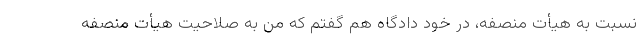
نسبت به هیأت منصفه، در خود دادگاه هم گفتم که من به صلاحیت هیأت منصفه